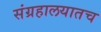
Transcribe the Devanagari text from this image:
संग्रहालयातच